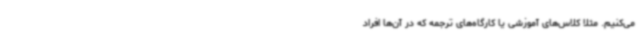
می‌کنیم. مثلاً کلاس‌های آموزشی یا کارگاه‌های ترجمه که در آن‌ها افراد